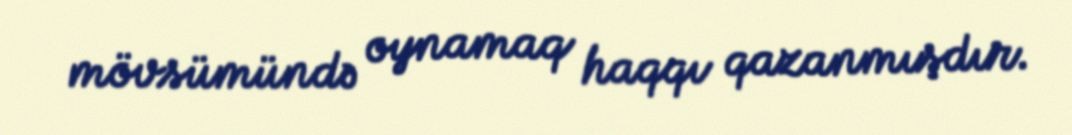
mövsümündə oynamaq haqqı qazanmışdır.